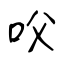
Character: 㕮